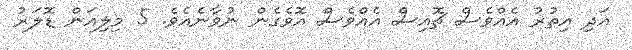
އަދި އިތުރު އެއްވެސް ޗޮއިސް އެއްވެސް އޮވެގެން ނުވާނެއެވެ. 5 މިލިއަން ޑޮލަރު